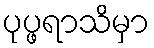
ပုပ္ဖရာသိမှာ